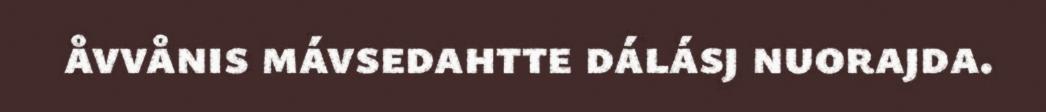
åvvånis mávsedahtte dálásj nuorajda.